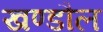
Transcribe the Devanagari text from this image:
खण्डौल